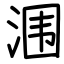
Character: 涠